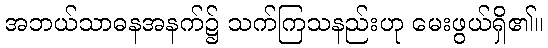
အဘယ်သာဓနအနက်၌ သက်ကြသနည်းဟု မေးဖွယ်ရှိ၏။